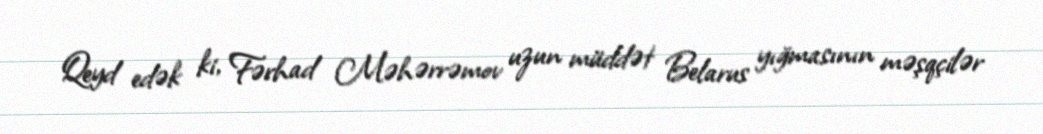
Qeyd edək ki, Fərhad Məhərrəmov uzun müddət Belarus yığmasının məşqçilər